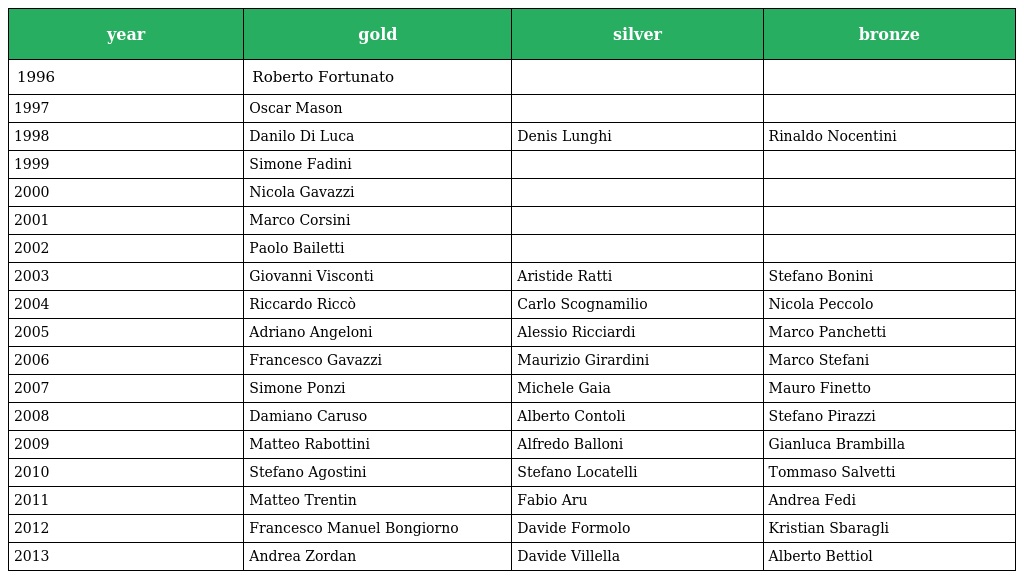
| year | gold | silver | bronze |
 | --- | --- | --- | --- |
 | 1996 | Roberto Fortunato |  |  |
 | 1997 | Oscar Mason |  |  |
 | 1998 | Danilo Di Luca | Denis Lunghi | Rinaldo Nocentini |
 | 1999 | Simone Fadini |  |  |
 | 2000 | Nicola Gavazzi |  |  |
 | 2001 | Marco Corsini |  |  |
 | 2002 | Paolo Bailetti |  |  |
 | 2003 | Giovanni Visconti | Aristide Ratti | Stefano Bonini |
 | 2004 | Riccardo Riccò | Carlo Scognamilio | Nicola Peccolo |
 | 2005 | Adriano Angeloni | Alessio Ricciardi | Marco Panchetti |
 | 2006 | Francesco Gavazzi | Maurizio Girardini | Marco Stefani |
 | 2007 | Simone Ponzi | Michele Gaia | Mauro Finetto |
 | 2008 | Damiano Caruso | Alberto Contoli | Stefano Pirazzi |
 | 2009 | Matteo Rabottini | Alfredo Balloni | Gianluca Brambilla |
 | 2010 | Stefano Agostini | Stefano Locatelli | Tommaso Salvetti |
 | 2011 | Matteo Trentin | Fabio Aru | Andrea Fedi |
 | 2012 | Francesco Manuel Bongiorno | Davide Formolo | Kristian Sbaragli |
 | 2013 | Andrea Zordan | Davide Villella | Alberto Bettiol |